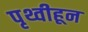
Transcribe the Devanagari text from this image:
पृथ्वीहून